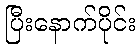
ပြီးနောက်ပိုင်း